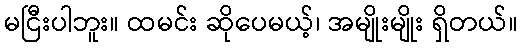
မငြီးပါဘူး။ ထမင်း ဆိုပေမယ့်၊ အမျိုးမျိုး ရှိတယ်။